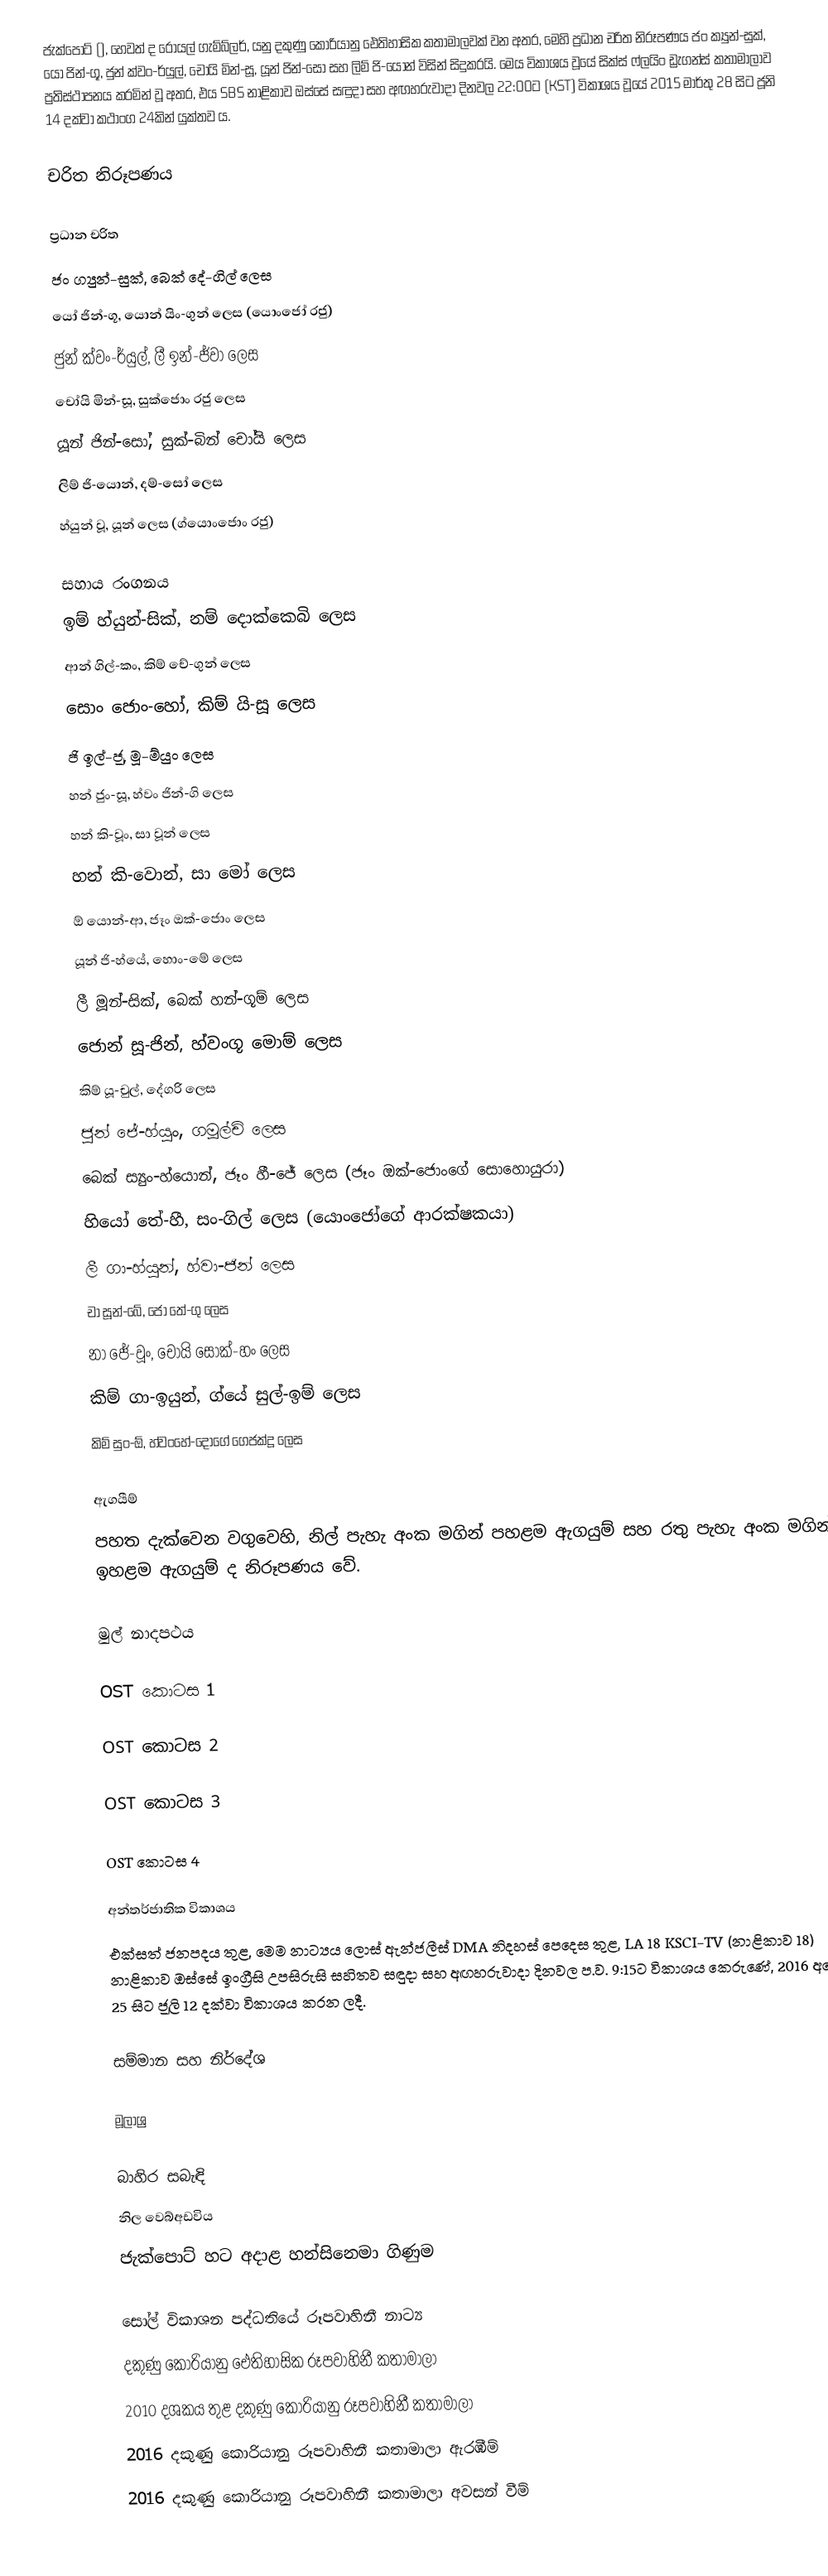
ජැක්පොට් (), හෙවත් ද රෝයල් ගැම්බ්ලර්, යනු දකුණු කොරියානු ඓතිහාසික කතාමාලවක් වන අතර, මෙහි ප්‍රධාන චරිත නිරූපණය ජං ක්‍යුන්-සුක්, යෝ ජින්-ගූ, ජුන් ක්වං-ර්යුල්, චෝයි මින්-සූ, යූන් ජින්-සෝ සහ ලිම් ජි-යොන් විසින් සිදුකරයි. මෙය විකාශය වූයේ සික්ස් ෆ්ලයිං ඩ්‍රැගන්ස් කතාමාලාව ප්‍රතිස්ථාපනය කරමින් වූ අතර, එය SBS නාළිකාව ඔස්සේ සඳුදා සහ අඟහරුවාදා දිනවල 22:00ට (KST) විකාශය වූයේ 2015 මාර්තු 28 සිට ජූනි 14 දක්වා කථාංග 24කින් යුක්තව ය.

චරිත නිරූපණය

ප්‍රධාන චරිත
 ජං ග්‍යුන්-සුක්, බෙක් දේ-ගිල් ලෙස
 යෝ ජින්-ගූ, යොන් යිං-ගුන් ලෙස (යොංජෝ රජු)
 ජුන් ක්වං-ර්යුල්, ලී ඉන්-ජ්වා ලෙස
 චෝයි මින්-සූ, සුක්ජොං රජු ලෙස
 යූන් ජින්-සෝ, සුක්-බින් චෝයි ලෙස
 ලිම් ජි-යොන්, දම්-සෝ ලෙස
 හ්යුන් වූ, යූන් ලෙස (ග්යොංජොං රජු)

සහාය රංගනය
 ඉම් හ්යුන්-සික්, නම් දොක්කෙබි ලෙස
 ආන් ගිල්-කං, කිම් චේ-ගුන් ලෙස
 සොං ජොං-හෝ, කිම් යි-සූ ලෙස
 ජි ඉල්-ජූ, මූ-ම්යුං ලෙස
 හන් ජුං-සූ, හ්වං ජින්-ගි ලෙස
 හන් කි-වූං, සා වූන් ලෙස
 හන් කි-වොන්, සා මෝ ලෙස
 ඕ යොන්-ආ, ජෑං ඔක්-ජොං ලෙස
 යූන් ජි-හ්යේ, හොං-මේ ලෙස
 ලී මූන්-සික්, බෙක් හන්-ගූම් ලෙස
 ජොන් සූ-ජින්, හ්වංගූ මොම් ලෙස
 කිම් යූ-චුල්, දේගරි ලෙස
 ජුන් ජේ-හ්යුං, ගමූල්චි ලෙස
 බෙක් ස්‍යුං-හ්යොන්, ජෑං හී-ජේ ලෙස (ජෑං ඔක්-ජොංගේ සොහොයුරා)
 හියෝ තේ-හී, සං-ගිල් ලෙස (යොංජෝගේ ආරක්ෂකයා)
 ලී ගා-හ්යුන්, හ්වා-ජින් ලෙස
 චා සූන්-බේ, ජෝ තේ-ගු ලෙස
 නා ජේ-වූං, චෝයි සොක්-හං ලෙස
 කිම් ගා-ඉයුන්, ග්යේ සුල්-ඉම් ලෙස
 කිම් සුං-ඕ, හ්වංහේ-දෝගේ ගෙජක්දූ ලෙස

ඇගයීම්
පහත දැක්වෙන වගුවෙහි, නිල් පැහැ අංක මගින් පහළම ඇගයුම් සහ රතු පැහැ අංක මගින් ඉහළම ඇගයුම් ද නිරූපණය වේ.

මුල් නාදපථය

OST කොටස 1

OST කොටස 2

OST කොටස 3

OST කොටස 4

අන්තර්ජාතික විකාශය
එක්සත් ජනපදය තුළ, මෙම නාට්‍යය ලොස් ඇන්ජලීස් DMA නිදහස් පෙදෙස තුළ, LA 18 KSCI-TV (නාළිකාව 18) නාළිකාව ඔස්සේ ඉංග්‍රීසි උපසිරුසි සහිතව සඳුදා සහ අඟහරුවාදා දිනවල ප.ව. 9:15ට විකාශය කෙරුණේ, 2016 අප්‍රේල් 25 සිට ජූලි 12 දක්වා විකාශය කරන ලදී.

සම්මාන සහ නිර්දේශ

මූලාශ්‍ර

බාහිර සබැඳි
නිල වෙබ්අඩවිය
ජැක්පොට් හට අදාළ හන්සිනෙමා ගිණුම

සෝල් විකාශන පද්ධතියේ රූපවාහිනී නාට්‍ය
දකුණු කොරියානු ඓතිහාසික රූපවාහිනී කතාමාලා
2010 දශකය තුළ දකුණු කොරියානු රූපවාහිනී කතාමාලා
2016 දකුණු කොරියානු රූපවාහිනී කතාමාලා ඇරඹීම්
2016 දකුණු කොරියානු රූපවාහිනී කතාමාලා අවසන් වීම්